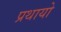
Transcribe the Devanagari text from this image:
प्रथायो